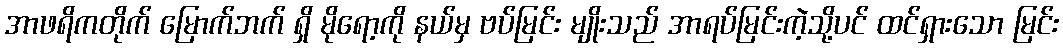
အာဖရိကတိုက် မြောက်ဘက် ရှိ မိုရော့ကို နယ်မှ ဗပ်မြင်း မျိုးသည် အာရပ်မြင်းကဲ့သို့ပင် ထင်ရှားသော မြင်း